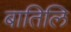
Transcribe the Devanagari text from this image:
बातिलि